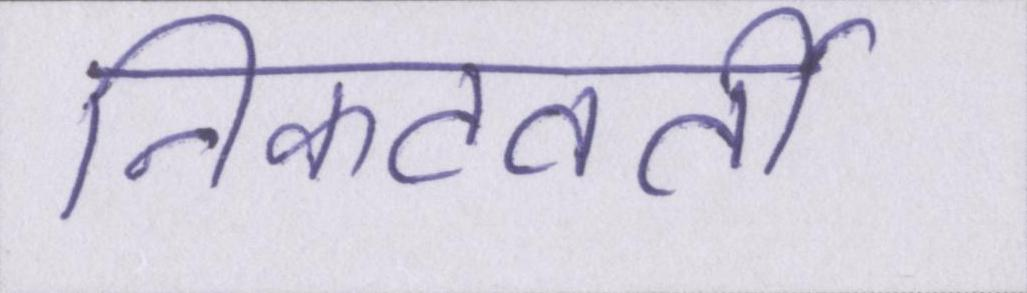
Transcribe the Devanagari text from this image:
निकटवर्ती